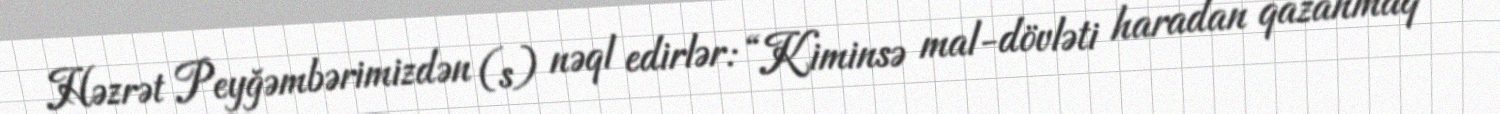
Həzrət Peyğəmbərimizdən (s) nəql edirlər: “Kiminsə mal-dövləti haradan qazanmaq